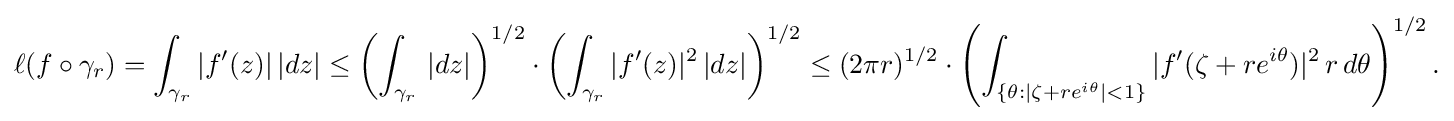
\displaystyle {\ell (f\circ \gamma _{r})=\int _{\gamma _{r}}|f^{\prime }(z)|\,|dz|\leq \left(\int _{\gamma _{r}}\,|dz|\right)^{1/2}\cdot \left(\int _{\gamma _{r}}|f^{\prime }(z)|^{2}\,|dz|\right)^{1/2}\leq (2\pi r)^{1/2}\cdot \left(\int _{\{\theta :|\zeta +re^{i\theta }|<1\}}|f^{\prime }(\zeta +re^{i\theta })|^{2}\,r\,d\theta \right)^{1/2}.}